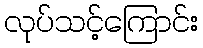
လုပ်သင့်ကြောင်း